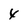
Character: 4